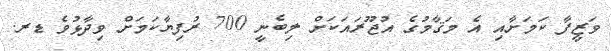
ވަޒީފާ ކަމަށާއި އެ މަޤާމުގެ އުޖޫރައަކަށް ލިބެނީ 700 ރުފިޔާކަމަށް ވިދާޅުވެ ޑރ.